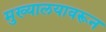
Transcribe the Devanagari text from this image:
मुख्यालयावरून